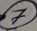
Text: 7